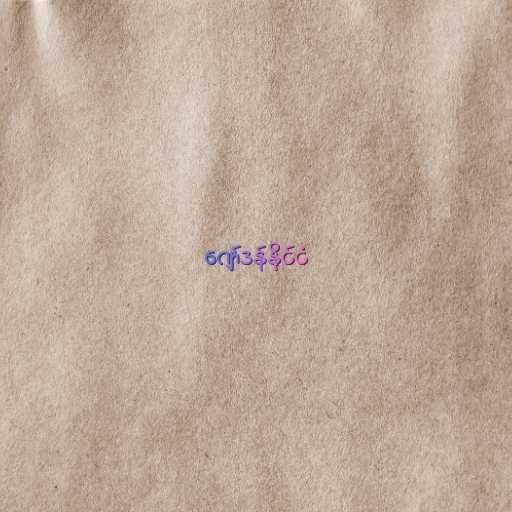
ဂျော်ဒန်နိုင်ငံ